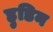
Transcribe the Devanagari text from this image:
हुडिन